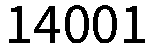
14001